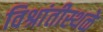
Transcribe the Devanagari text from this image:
विश्रांतीस्थळे